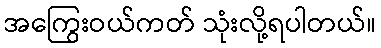
အကြွေးဝယ်ကတ် သုံးလို့ရပါတယ်။